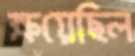
ক্ষয়েছিল